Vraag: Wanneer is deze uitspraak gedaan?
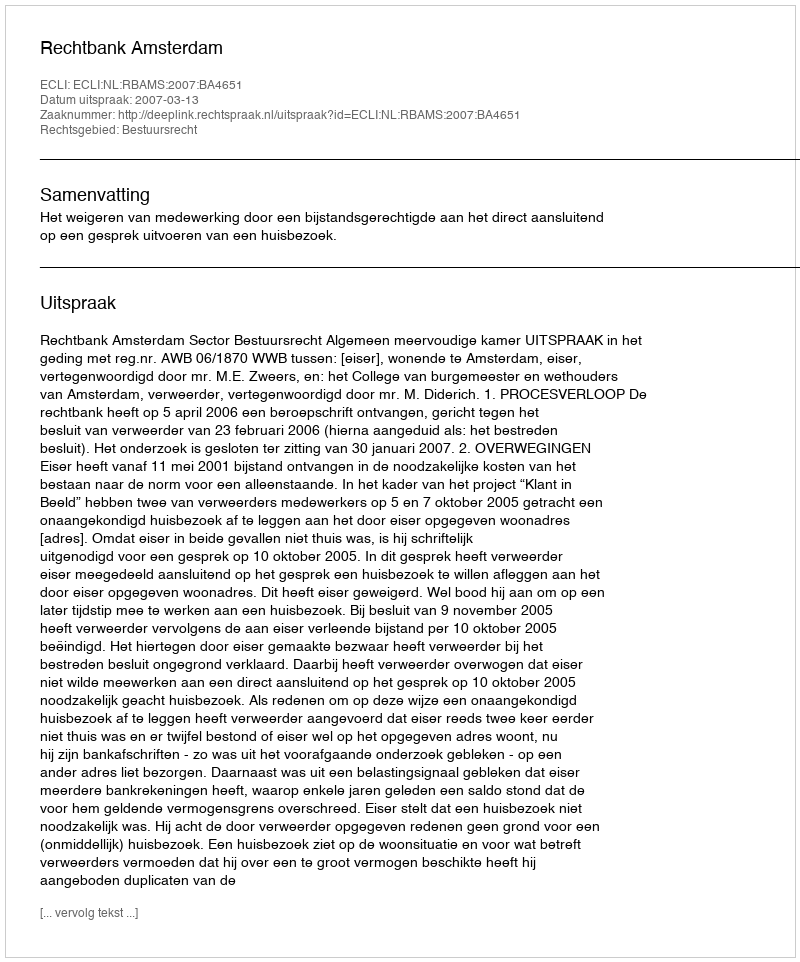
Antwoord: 2007-03-13